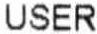
USER